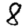
Digit: 8